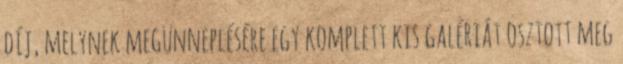
díj, melynek megünneplésére egy komplett kis galériát osztott meg